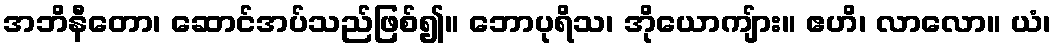
အဘိနီတော၊ ဆောင်အပ်သည်ဖြစ်၍။ ဘောပုရိသ၊ အိုယောကျ်ား။ ဧဟိ၊ လာလော။ ယံ၊